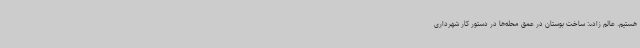
هستیم. عالم زاده: ساخت بوستان در عمق محله‌ها در دستور کار شهرداری